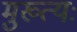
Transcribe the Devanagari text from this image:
मुख्त्यः